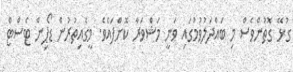
ގުޅޭ ގޮތުންވެސް މި ބައްދަލުވުމުގައި ވަނީ މަޝްވަރާ ކޮށްފައެވެ. މީގެއިތުރުން ޑޯޕިން ޓެސްޓް